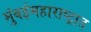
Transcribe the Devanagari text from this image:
मुंबईमहाराष्ट्रात